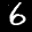
Label: 6